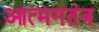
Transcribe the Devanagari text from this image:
आत्मगतंत्र